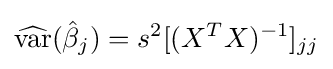
{\widehat {\operatorname {var} }}({\hat {\beta }}_{j})=s^{2}[(X^{T}X)^{-1}]_{jj}